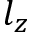
l _ { z }